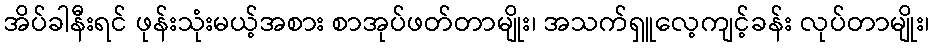
အိပ်ခါနီးရင် ဖုန်းသုံးမယ့်အစား စာအုပ်ဖတ်တာမျိုး၊ အသက်ရှူလေ့ကျင့်ခန်း လုပ်တာမျိုး၊